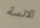
الانسة